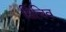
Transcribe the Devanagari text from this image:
सिचिव